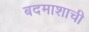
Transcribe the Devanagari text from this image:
बदमाशाची